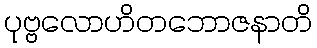
ပုဗ္ဗလောဟိတဘောဇနာတိ